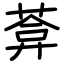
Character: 葊